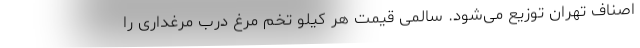
اصناف تهران توزیع می‌شود. سالمی قیمت هر کیلو تخم مرغ درب مرغداری را